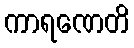
ကာရဏေတိ